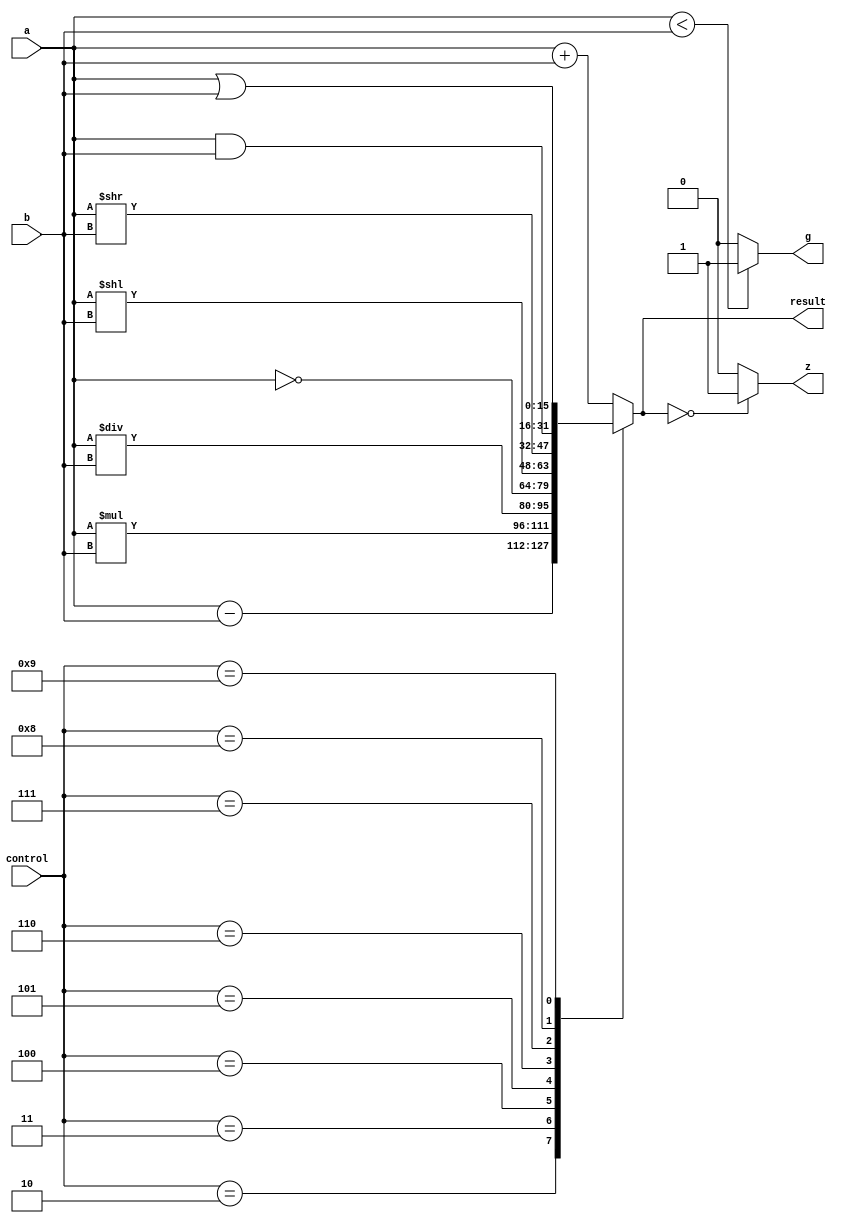
module ALU(a, b, control, result, z, g);
	input [15:0] a, b;
	input [3:0] control;
	output reg [15:0] result;
	output z, g;

	always @(*)
		begin 
      case(control)
			 4'd1: result = a + b;
			 4'd2: result = a - b;
			 4'd3: result = a*b;
			 4'd4: result =a/b;
			 4'd5: result = ~a;
			 4'd6: result = a<<b;
			 4'd7: result = a>>b;
			 4'd8: result = a & b;
			 4'd9: result = a | b; 
			default:result = a + b; 
		 endcase
		end
assign z = (result==16'd0) ? 1'b1 : 1'b0;
assign g = (a<b) ? 1'b1:1'b0;
 
endmodule